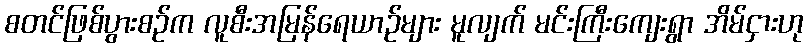
စတင်ဖြစ်ပွားစဉ်က လူစီးအမြန်ရေယာဉ်များ မူလျက် မင်းကြီးကျေးရွာ အိမ်ငှားဟု